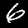
Label: 6